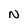
Character: N